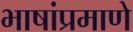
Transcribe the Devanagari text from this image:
भाषांप्रमाणे